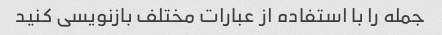
جمله را با استفاده از عبارات مختلف بازنویسی کنید